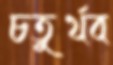
চতুর্থব